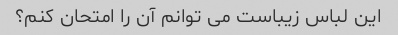
این لباس زیباست می توانم آن را امتحان کنم؟